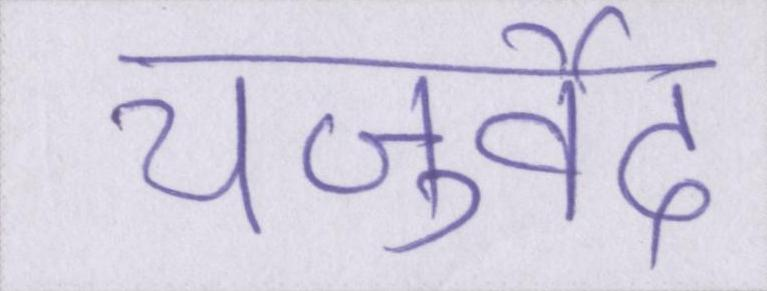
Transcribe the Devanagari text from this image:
यजुर्वेद